Annual report on the mental hospital in the Central Provinces and Berar (Nagpur) - 1927-1951
Year: 1927
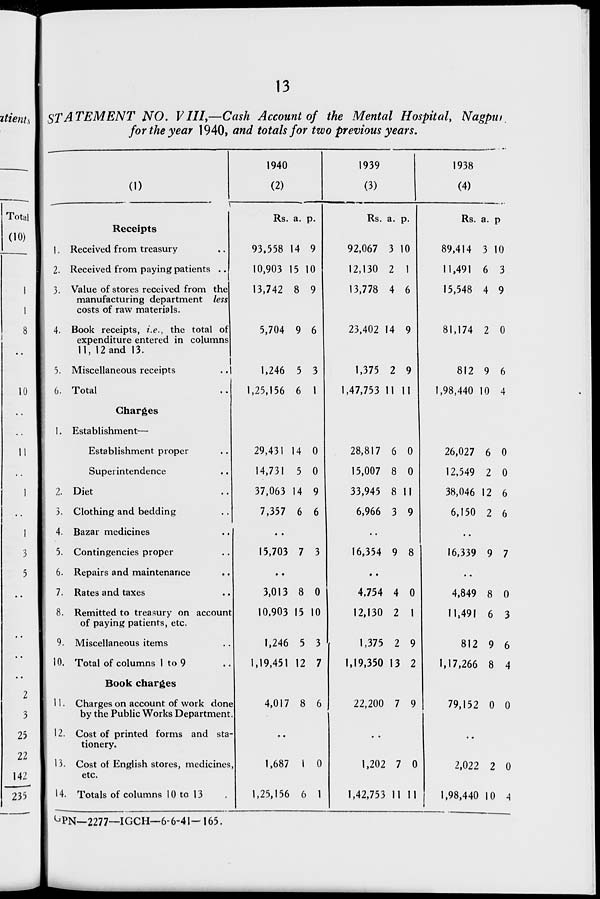
13
STATEMENT NO. VHI,—Cash Account of the Mental Hospital, Nagput
for the year 1940, and totals for two previous years.
(1)
25
22
142
235
Receipts
1. Received from treasury
2. Received from paying patients ..
3. Value of stores received from the
manufacturing department less
costs of raw materials.
4. Book receipts, i.e., the total of
expenditure entered in columns
11, 12 and 13.
5. Miscellaneous receipts
6. Total
Charges
1. Establishment—
Establishment proper
Superintendence
2. Diet
3. Clothing and bedding
4. Bazar medicines
5. Contingencies proper
6. Repairs and maintenance
7. Rates and taxes
8. Remitted to treasury on account
of paying patients, etc.
9. Miscellaneous items
10. Total of columns 1 to 9
Book charges
11. Charges on account of work done
by the Public Works Department.
12. Cost of printed forms and sta-
tionery.
13. Cost of English stores, medicines,
etc.
14. Totals of columns 10 to 13
1940
(2)
Rs. a. p.
93.558 14 9
10,903 15 10
13,742 8 9
5,704 9 6
1,246 5 3
1,25,156 6 I
29,431 14 0
14,731 5 0
37,063 14 9
7,357 6 6
15,703 7 3
3,013 8 0
10.903 15 10
1,246 5 3
1,19,451 12 7
4,017 8 6
1,687 1 0
1,25,156 6 1
1939
(3)
Rs. a. P-
92,067 3 10
12,130 2 1
13,778 4 6
23,402 14 9
1,375 2 9
1,47,753 1111
28,817 6 0
15,007 8 0
33,945 8 11
6,966 3 9
••
16,354 9 8
4.754 4 0
12,130 2 1
1,375 2 9
1,19,350 13 2
1,202 7 0
1,42,753 1111
1938
(4)
Rs. a. p
89,414 3 10
11,491 6 3
15,548 4 9
81,174 2 0
812 9 6
1,98,440 10 4
26,027 6 0
12,549 2 0
38,046 12 6
6,150 2 6
16,339 9 7
4,849 8 0
11,491 6 3
812 9 6
1,17,266 8 4
22,200 7 9
79,152 0 0
2,022 2 0
1,98,440 10 A
^PN—2277—IGCH— 6-6-41- 165.